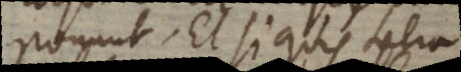
ponunt. Et si quis talia